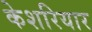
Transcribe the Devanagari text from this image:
केशरियार